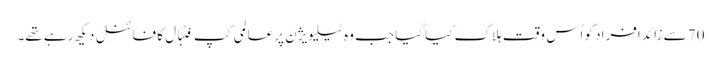
70 سے زائد افراد کو اُس وقت ہلاک کیا گیا جب وہ ٹیلیویژن پر عالمی کپ فٹبال کا فائنل دیکھ رہے تھے۔